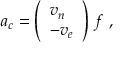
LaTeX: { \boldsymbol { a } } _ { c } = { \left( \begin{array} { l } { v _ { n } } \\ { - v _ { e } } \end{array} \right) } \ f \ ,